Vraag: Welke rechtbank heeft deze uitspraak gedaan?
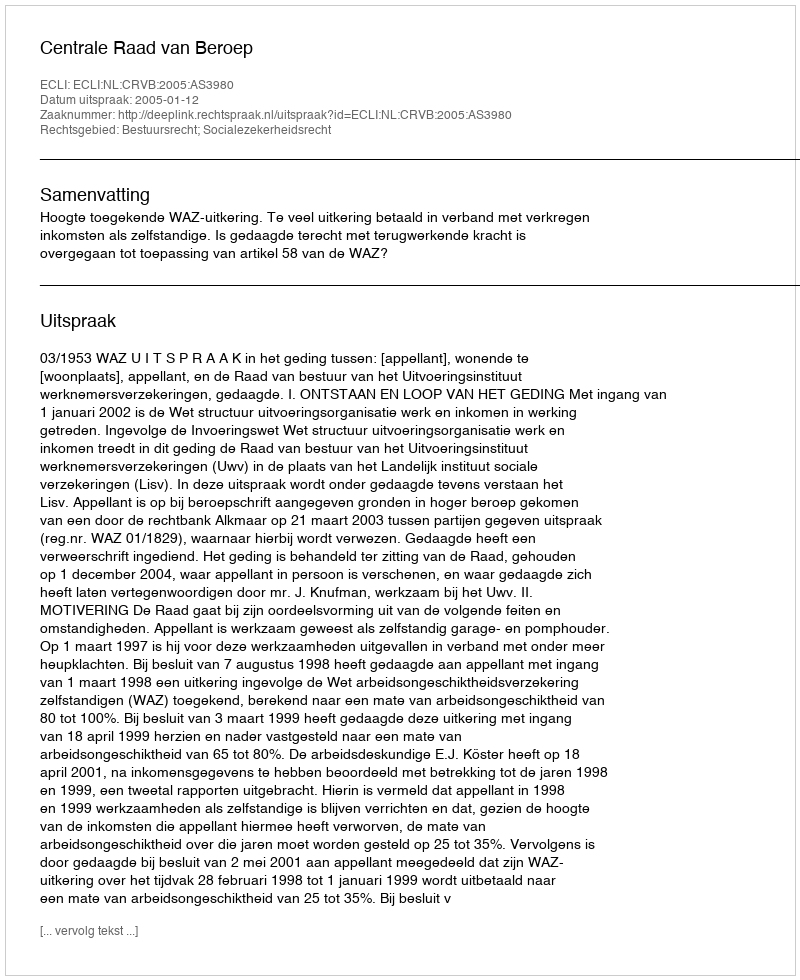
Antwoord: Centrale Raad van Beroep